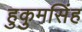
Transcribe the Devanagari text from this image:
हुकुमसिंह